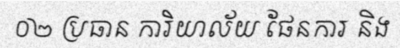
០២ ប្រធាន ការិយាល័យ ផែនការ និង